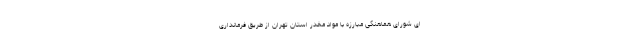
ای شورای هماهنگی مبارزه با مواد مخدر استان تهران از طریق فرمانداری